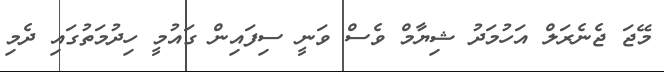
މޭޖަ ޖެނެރަލް އަހުމަދު ޝިޔާމް ވެސް ވަނީ ސިފައިން ގައުމީ ހިދުމަތުގައި ދެމި